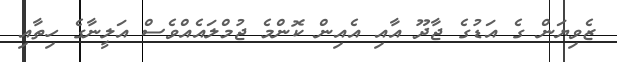
ޒެވިޔަން ގެ އަޑުގެ ޖާދޫ އާއި އެއިން ކޮންމެ ޖުމްލައެއްވެސް އަލީނާގެ ހިތާއި